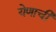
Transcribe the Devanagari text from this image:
येणाची